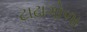
ટાઢાગોળા